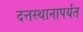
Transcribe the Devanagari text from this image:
दत्तस्थानापर्यंत